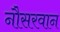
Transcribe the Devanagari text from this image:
नौसरवान